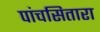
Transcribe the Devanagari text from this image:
पांचसितारा